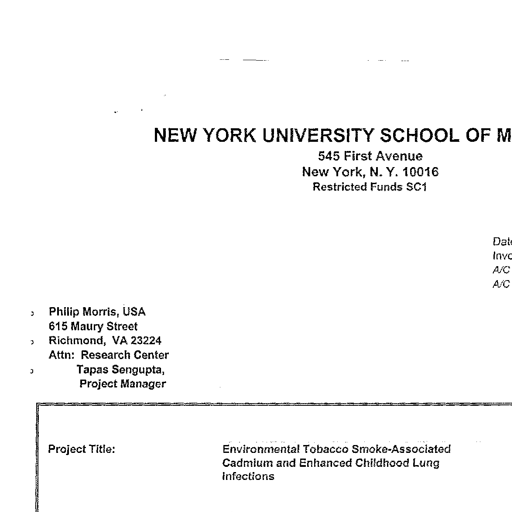
NEW YORK UNIVERSITY SCHOOL OF M
545 First Avenue
New York, N. Y. 10016
Restricted Funds SC1

Date
Invo
A/C
A/C

Philip Morris, USA
615 Maury Street
Richmond, VA 23224
Attn: Research Center
Tapas Sengupta,
Project Manager

Project Title:
Environmental Tobacco Smoke-Associated
Cadmium and Enhanced Childhood Lung
Infections